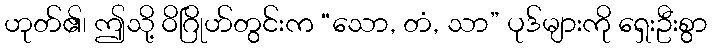
ဟုတ်၏၊ ဤသို့ ဝိဂြိုဟ်တွင်းက “သော, တံ, သာ” ပုဒ်များကို ရှေးဦးစွာ